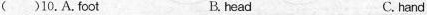
( )10. A. Fool B. head C. hand